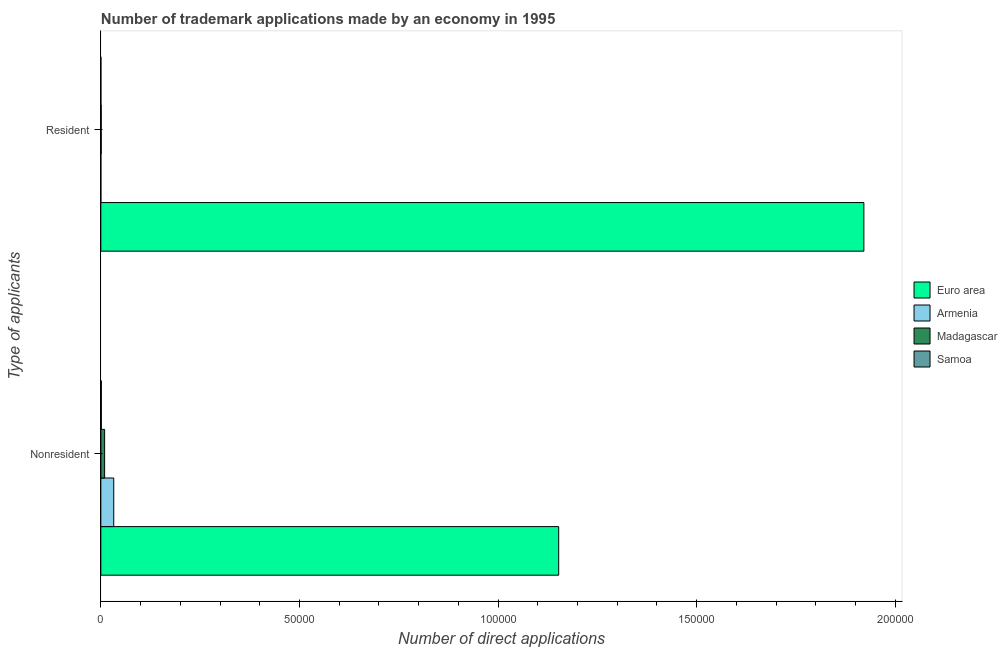
| Type of applicants | Euro area | Armenia | Madagascar | Samoa |
 | --- | --- | --- | --- | --- |
 | Nonresident | 1.15e+05 | 3.25e+03 | 954 | 132 |
 | Resident | 1.92e+05 | 6 | 94 | 12 |